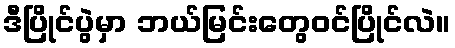
ဒီပြိုင်ပွဲမှာ ဘယ်မြင်းတွေဝင်ပြိုင်လဲ။